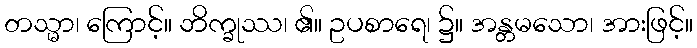
တသ္မာ၊ ကြောင့်။ ဘိက္ခုဿ၊ ၏။ ဥပစာရေ၊ ၌။ အန္တမသော၊ အားဖြင့်။